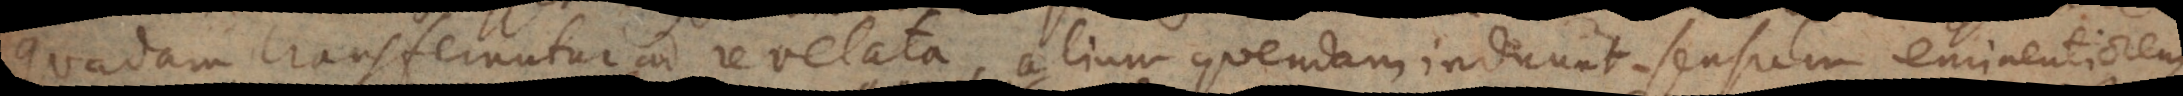
dam transferuntur ad revelata, alium quendam induunt sensum eminentiorem.